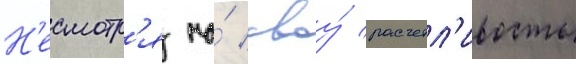
Н'есмотр'я на́ своу́ расчетл'ивость